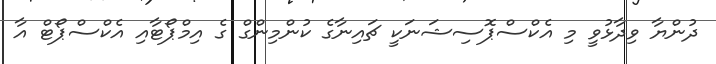
ދުންޔާ ވިދާޅުވީ މި އެކްސްޕޮސިޝަނަކީ ޗައިނާގެ ކުންމިންގް ގެ އިމްޕޯޓާއި އެކްސްޕޯޓް އާ